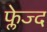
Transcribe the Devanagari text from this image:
फ्लेज्द